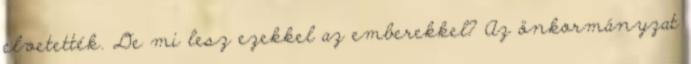
elvetették. De mi lesz ezekkel az emberekkel? Az önkormányzat